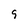
Character: 9